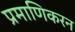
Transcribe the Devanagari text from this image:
प्रमाणिकरन